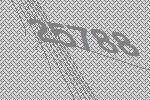
25788